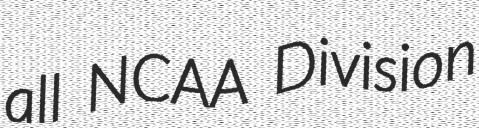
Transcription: all NCAA Division